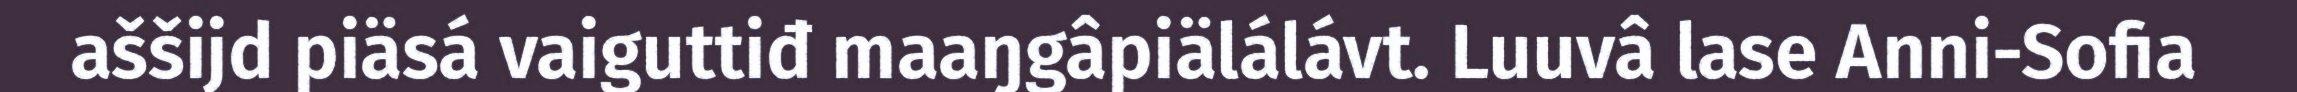
aššijd piäsá vaiguttiđ maaŋgâpiälálávt. Luuvâ lase Anni-Sofia